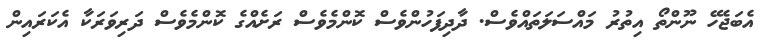
އެބަޖެހޭ ނޫންތޯ އިތުރު މައްސަލަތައްވެސް. ދާދިފަހުންވެސް ކޮންމެވެސް ރަށެއްގެ ކޮންމެވެސް ދަރިވަރަކާ އެކަރައިން